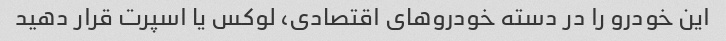
این خودرو را در دسته خودروهای اقتصادی، لوکس یا اسپرت قرار دهید